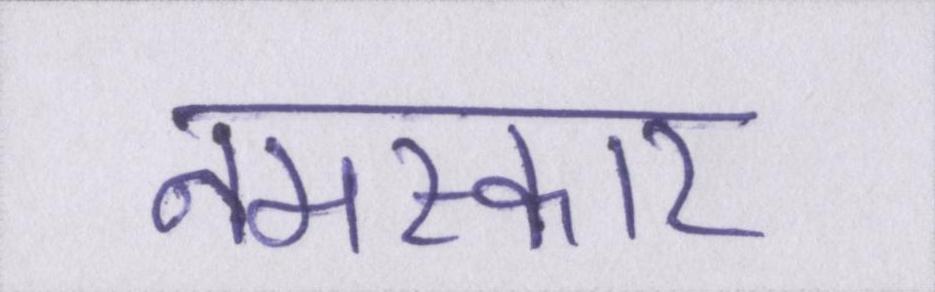
नमस्कार